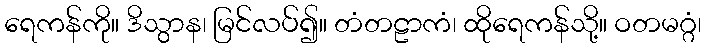
ရေကန်ကို။ ဒိသွာန၊ မြင်လပ်၍။ တံတဠာကံ၊ ထိုရေကန်သို့။ ဝတမဂ္ဂံ၊